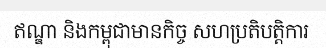
ឥណ្ឌា និងកម្ពុជាមានកិច្ច សហប្រតិបត្តិការ